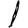
Digit: 1